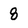
Character: 8